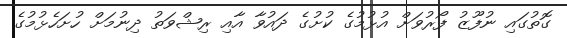
ގޮތުގައި ނުފޫޒު ފޯރުވަށް އުޅުމުގެ ކުށުގެ ދައުވާ އާއި ރިޝްވަތު ދިނުމަށް ހުށަހެޅުމުގެ